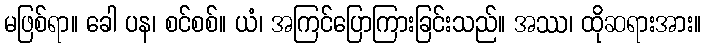
မဖြစ်ရာ။ ခေါ ပန၊ စင်စစ်။ ယံ၊ အကြင်ပြောကြားခြင်းသည်။ အဿ၊ ထိုဆရားအား။